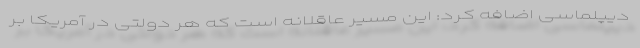
دیپلماسی اضافه کرد: این مسیر عاقلانه است که هر دولتی در آمریکا بر